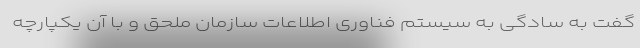
گفت به سادگی به سیستم فناوری اطلاعات سازمان ملحق و با آن یکپارچه